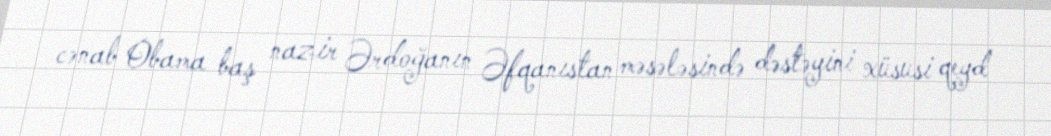
cənab Obama baş nazir Ərdoğanın Əfqanıstan məsələsində dəstəyini xüsusi qeyd